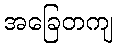
အခြေတကျ